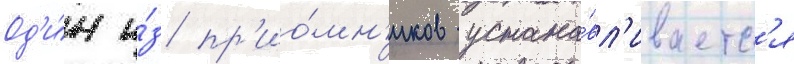
Од'и́н и́з пр'ио́мн'иков устана́вл'иваетс'я